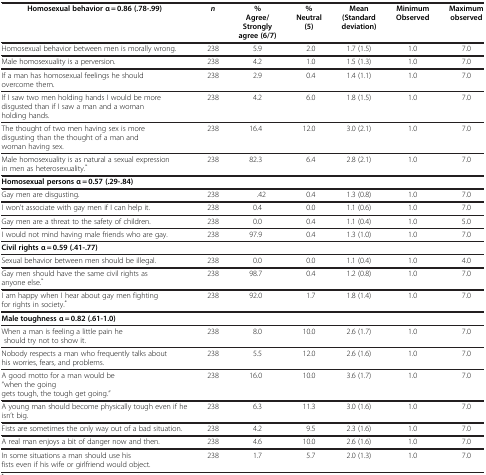
<table><thead><tr><td><b>Homosexual behavior α = 0.86 (.78-.99)</b></td><td><b><i>n</i></b></td><td><b>% Agree/Strongly agree (6/7)</b></td><td><b>% Neutral (5)</b></td><td><b>Mean (Standard deviation)</b></td><td><b>Minimum Observed</b></td><td><b>Maximum observed</b></td></tr></thead><tbody><tr><td>Homosexual behavior between men is morally wrong.</td><td>238</td><td>5.9</td><td>2.0</td><td>1.7 (1.5)</td><td>1.0</td><td>7.0</td></tr><tr><td>Male homosexuality is a perversion.</td><td>238</td><td>4.2</td><td>1.0</td><td>1.5 (1.3)</td><td>1.0</td><td>7.0</td></tr><tr><td>If a man has homosexual feelings he should overcome them.</td><td>238</td><td>2.9</td><td>0.4</td><td>1.4 (1.1)</td><td>1.0</td><td>7.0</td></tr><tr><td>If I saw two men holding hands I would be more disgusted than if I saw a man and a woman holding hands.</td><td>238</td><td>4.2</td><td>6.0</td><td>1.8 (1.5)</td><td>1.0</td><td>7.0</td></tr><tr><td>The thought of two men having sex is more disgusting than the thought of a man and woman having sex.</td><td>238</td><td>16.4</td><td>12.0</td><td>3.0 (2.1)</td><td>1.0</td><td>7.0</td></tr><tr><td>Male homosexuality is as natural a sexual expression in men as heterosexuality.<sup>*</sup></td><td>238</td><td>82.3</td><td>6.4</td><td>2.8 (2.1)</td><td>1.0</td><td>7.0</td></tr><tr><td><b>Homosexual persons α = 0.57 (.29-.84)</b></td><td> </td><td> </td><td> </td><td> </td><td> </td><td> </td></tr><tr><td>Gay men are disgusting.</td><td>238</td><td>.42</td><td>0.4</td><td>1.3 (0.8)</td><td>1.0</td><td>7.0</td></tr><tr><td>I won’t associate with gay men if I can help it.</td><td>238</td><td>0.4</td><td>0.0</td><td>1.1 (0.6)</td><td>1.0</td><td>7.0</td></tr><tr><td>Gay men are a threat to the safety of children.</td><td>238</td><td>0.0</td><td>0.4</td><td>1.1 (0.4)</td><td>1.0</td><td>5.0</td></tr><tr><td>I would not mind having male friends who are gay.</td><td>238</td><td>97.9</td><td>0.4</td><td>1.3 (1.0)</td><td>1.0</td><td>7.0</td></tr><tr><td><b>Civil rights α = 0.59 (.41-.77)</b></td><td> </td><td> </td><td> </td><td> </td><td> </td><td> </td></tr><tr><td>Sexual behavior between men should be illegal.</td><td>238</td><td>0.0</td><td>0.0</td><td>1.1 (0.4)</td><td>1.0</td><td>4.0</td></tr><tr><td>Gay men should have the same civil rights as anyone else.<sup>*</sup></td><td>238</td><td>98.7</td><td>0.4</td><td>1.2 (0.8)</td><td>1.0</td><td>7.0</td></tr><tr><td>I am happy when I hear about gay men fighting for rights in society.<sup>*</sup></td><td>238</td><td>92.0</td><td>1.7</td><td>1.8 (1.4)</td><td>1.0</td><td>7.0</td></tr><tr><td><b>Male toughness α = 0.82 (.61-1.0)</b></td><td> </td><td> </td><td> </td><td> </td><td> </td><td> </td></tr><tr><td>When a man is feeling a little pain he should try not to show it.</td><td>238</td><td>8.0</td><td>10.0</td><td>2.6 (1.7)</td><td>1.0</td><td>7.0</td></tr><tr><td>Nobody respects a man who frequently talks about his worries, fears, and problems.</td><td>238</td><td>5.5</td><td>12.0</td><td>2.6 (1.6)</td><td>1.0</td><td>7.0</td></tr><tr><td>A good motto for a man would be “when the going gets tough, the tough get going.”</td><td>238</td><td>16.0</td><td>10.0</td><td>3.6 (1.7)</td><td>1.0</td><td>7.0</td></tr><tr><td>A young man should become physically tough even if he isn’t big.</td><td>238</td><td>6.3</td><td>11.3</td><td>3.0 (1.6)</td><td>1.0</td><td>7.0</td></tr><tr><td>Fists are sometimes the only way out of a bad situation.</td><td>238</td><td>4.2</td><td>9.5</td><td>2.3 (1.6)</td><td>1.0</td><td>7.0</td></tr><tr><td>A real man enjoys a bit of danger now and then.</td><td>238</td><td>4.6</td><td>10.0</td><td>2.6 (1.6)</td><td>1.0</td><td>7.0</td></tr><tr><td>In some situations a man should use his fists even if his wife or girlfriend would object.</td><td>238</td><td>1.7</td><td>5.7</td><td>2.0 (1.3)</td><td>1.0</td><td>7.0</td></tr></tbody></table>